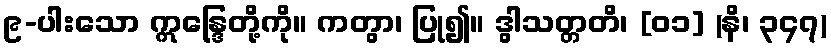
၉-ပါးသော ဣန္ဒြေတို့ကို။ ကတွာ၊ ပြု၍။ ဒွါသတ္တတိ၊ [၀၁] (နိ၊ ၃၄၇)